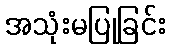
အသုံးမပြုခြင်း